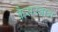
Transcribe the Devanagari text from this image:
कैसरबाग